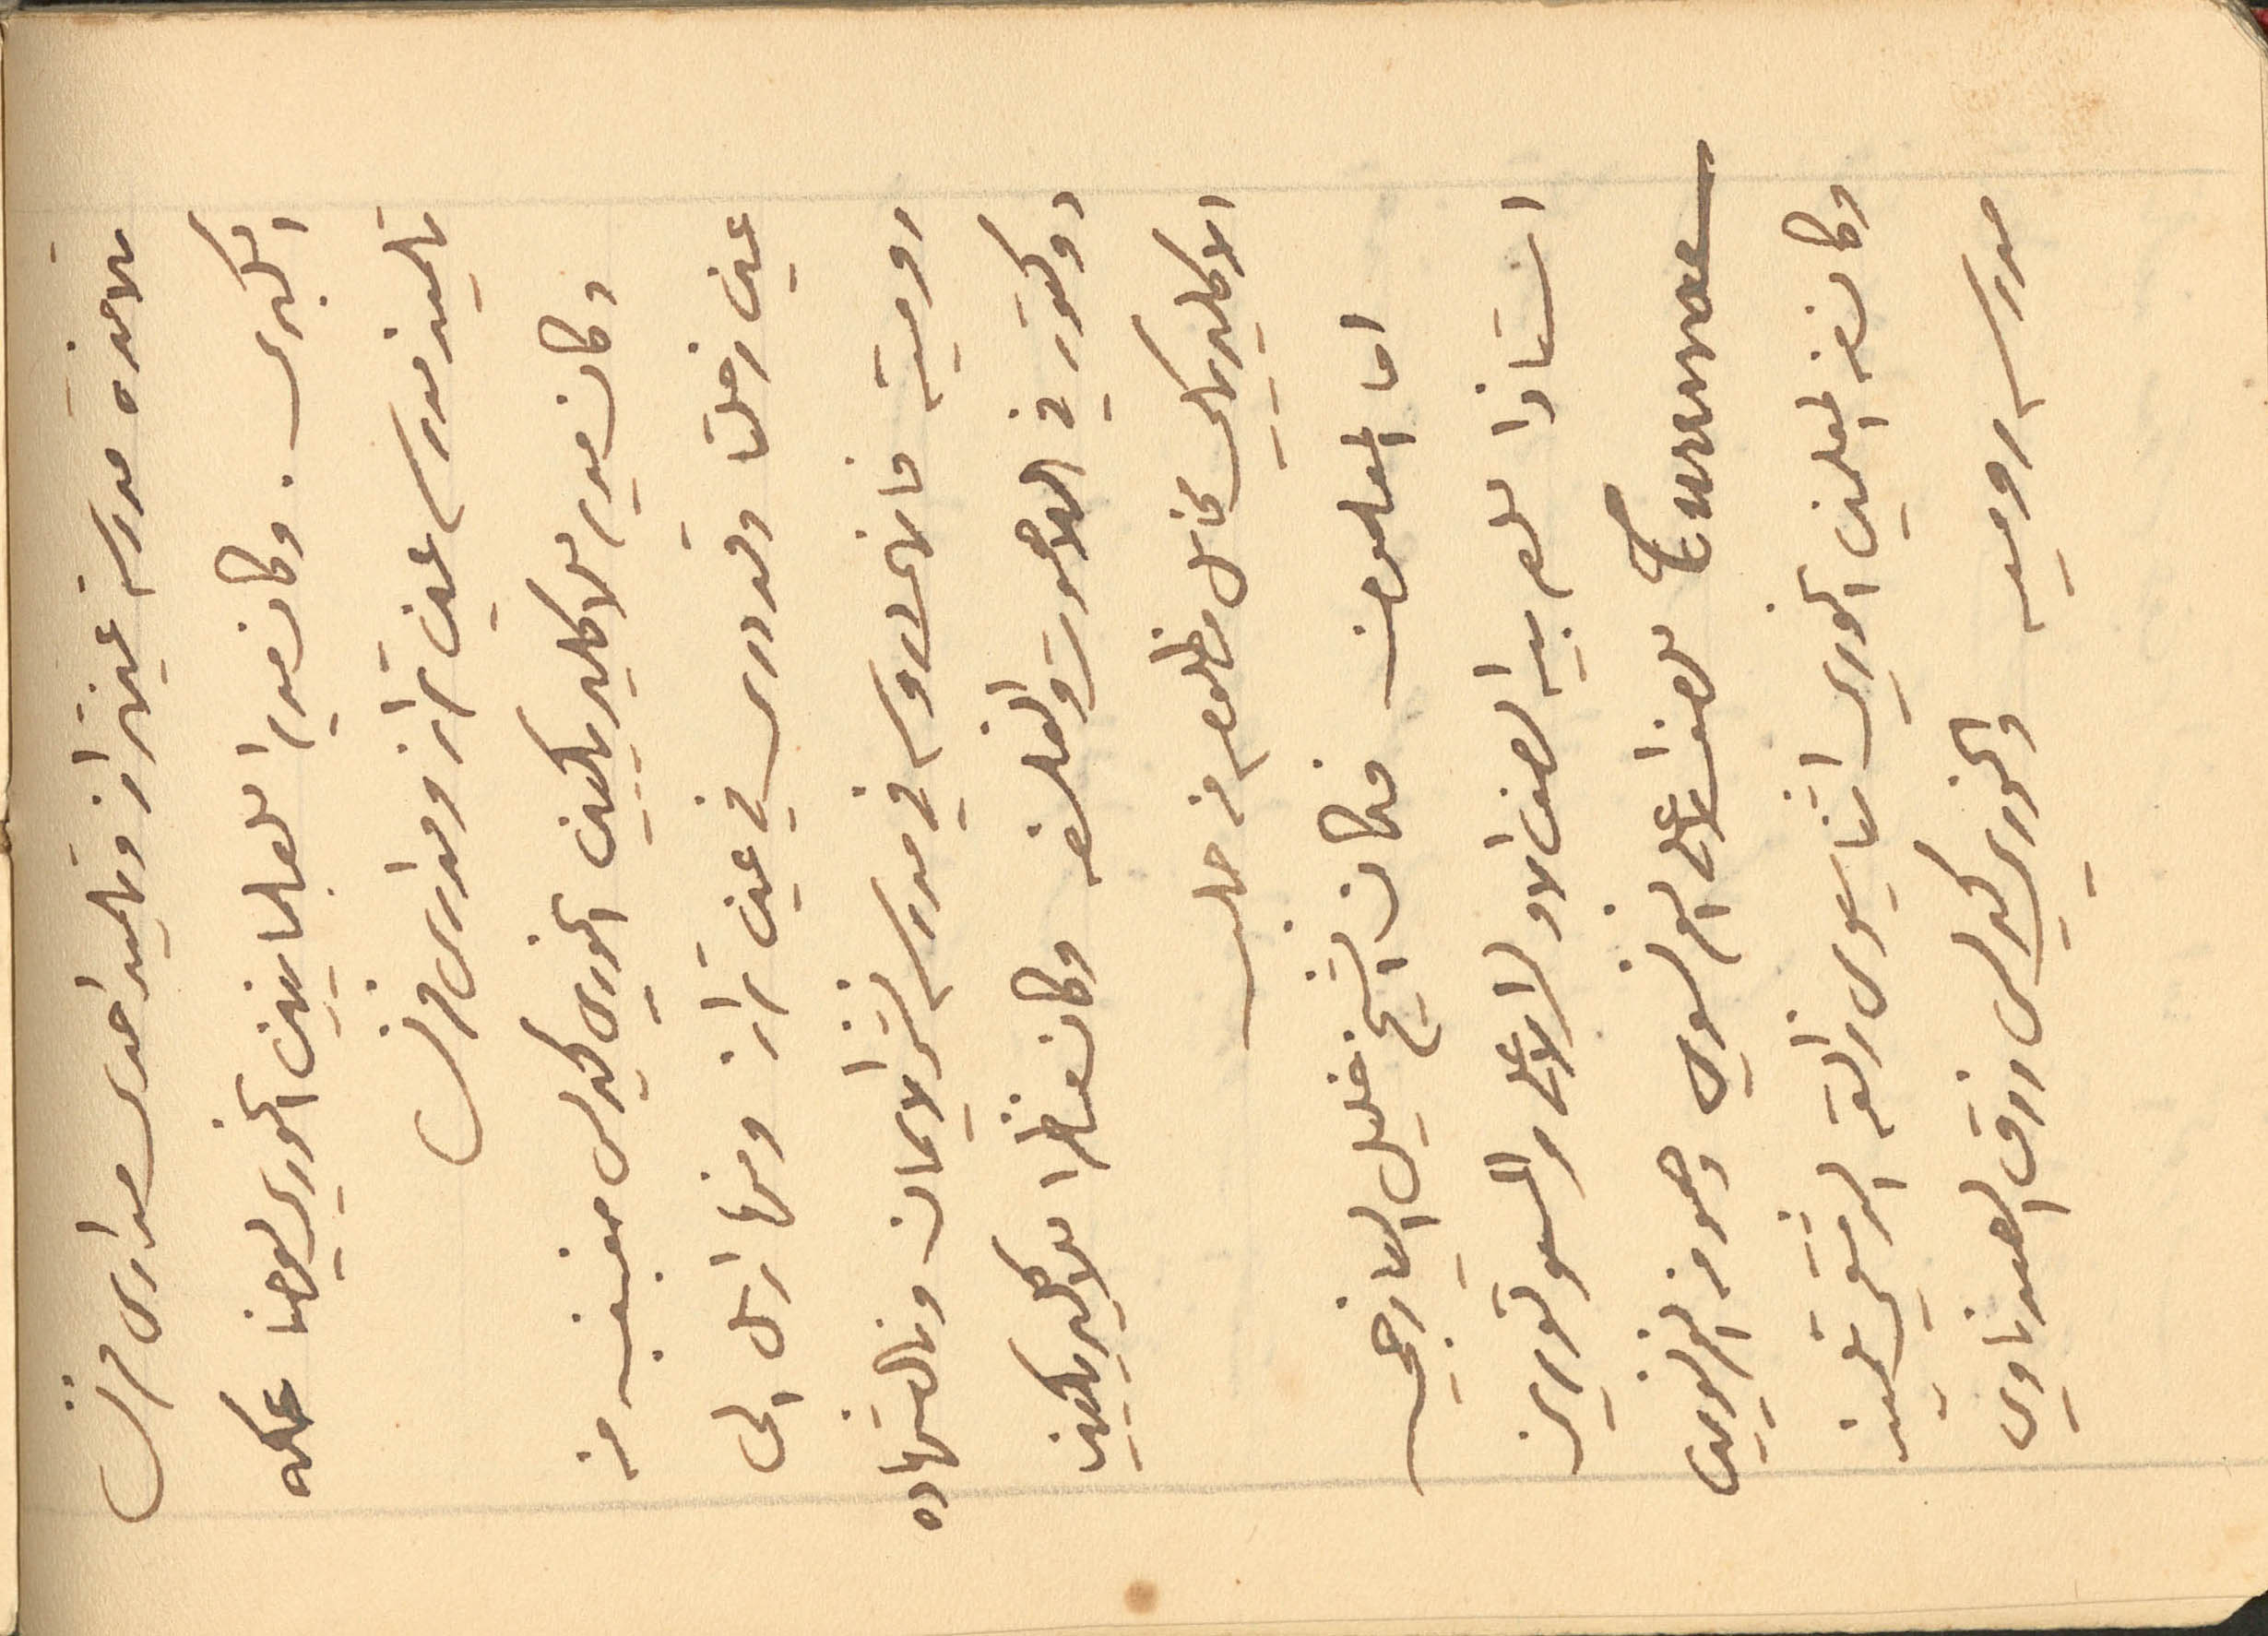
تلامذة مدرسة عينتراز وتلميذ احدى مدارس فرنسا
الكبرى. وكان مدير اللعلمانيين الخوري يوحنا عكه
تلميذ مدرسة عين تراز ومدارس فرنسا
 وكان مدير للاكليريكيين الخوري كيرلس مغبغب من
عين زحلتا وقد درس في عين تراز ومنها ارسل الى
رومية فانهى دروسه في مدرسة نشر الايمان ونال شهاده
دكتور في اللاهوت والفلسفه وكان مناظرا للاكليركيين
الاكليريكي مخايل مظلوم من حلب
اما المعلمون فكان الشيخ خليل اليازجي
استاذا للعربيه الصف الاول الاعلى والمسيو تورين
Turenne للصف الاعلى الفرنسوي وهو من الفرنسويين
وكان المعلمين الخوري اثناسيوس زالقه الدمشقي تلميذ
مدرسة روميه والخوري كيرلس رزق الصيدناوي